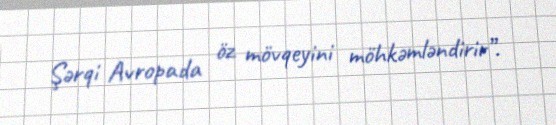
Şərqi Avropada öz mövqeyini möhkəmləndirir”.